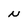
Character: N